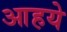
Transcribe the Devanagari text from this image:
आहये